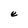
Character: e